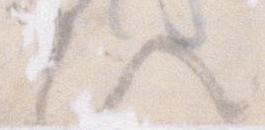
ひ